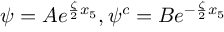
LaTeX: \psi = A e ^ { \frac { \zeta } { 2 } x _ { 5 } } , \psi ^ { c } = B e ^ { - \frac { \zeta } { 2 } x _ { 5 } }